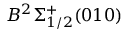
B ^ { 2 } \Sigma _ { 1 / 2 } ^ { + } ( 0 1 0 )